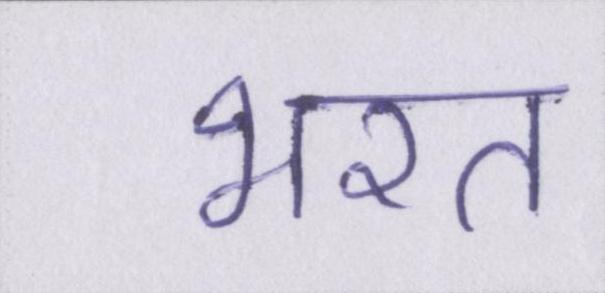
भरत